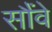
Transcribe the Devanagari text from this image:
सौंवे